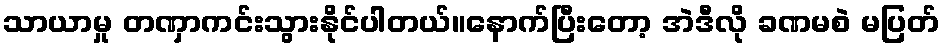
သာယာမှု တဏှာကင်းသွားနိုင်ပါတယ်။နောက်ပြီးတော့ အဲဒီလို ခဏမစဲ မပြတ်